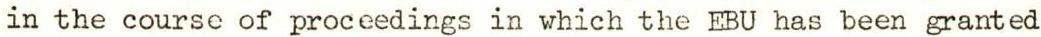
in the course of proceedings in which the EBU has been granted